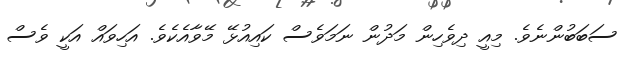
ސަބަބުންނެވެ. މިއީ ދިވެހިން މަދުން ނަމަވެސް ކައިއުޅޭ މޭވާއެެކެވެ. އަހިވައް އަކީ ވެސް